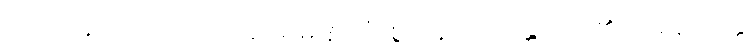
ဘေးရန်တို့ကြောင့်။ (အပရိမဏ္ဍလံ၊ စွာ။ နိဝါသေန္တဿ၊ ၏။) အနာပတ္တိ